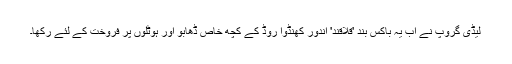
لیڈی گروپ نے اب یہ باکس بند 'قلاقند' اندور کھنڈوا روڈ کے کچھ خاص ڈھابو اور ہوٹلوں پر فروخت کے لئے رکھا۔